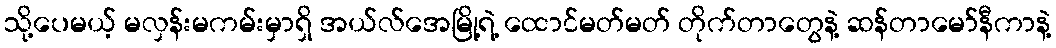
သို့ပေမယ့် မလှန်းမကမ်းမှာရှိ အယ်လ်အေမြို့ရဲ့ ထောင်မတ်မတ် တိုက်တာတွေနဲ့ ဆန်တာမော်နီကာနဲ့